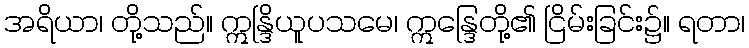
အရိယာ၊ တို့သည်။ ဣန္ဒြိယူပသမေ၊ ဣန္ဒြေတို့၏ ငြိမ်းခြင်း၌။ ရတာ၊